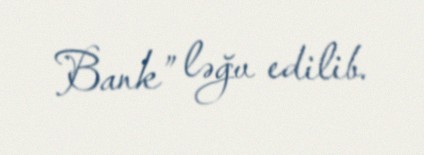
Bank” ləğv edilib.